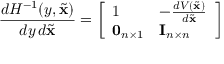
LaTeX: { \frac { d H ^ { - 1 } ( y , { \tilde { \mathbf { x } } } ) } { d y \, d { \tilde { \mathbf { x } } } } } = { \left[ \begin{array} { l l } { 1 } & { - { \frac { d V ( { \tilde { \mathbf { x } } } ) } { d { \tilde { \mathbf { x } } } } } } \\ { \mathbf { 0 } _ { n \times 1 } } & { \mathbf { I } _ { n \times n } } \end{array} \right] }